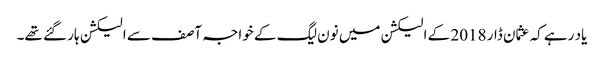
یاد رہے کہ عثمان ڈار 2018 کے الیکشن میں نون لیگ کے خواجہ آصف سے الیکشن ہار گئے تھے۔